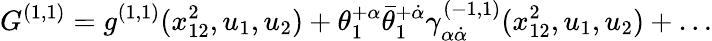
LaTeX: G^{(1,1)}=g^{(1,1)}(x_{12}^{2},u_{1},u_{2})+\theta_{1}^{+\alpha}\bar{\theta}_{1}^{+\dot{\alpha}}\gamma_{\alpha\dot{\alpha}}^{(-1,1)}(x_{12}^{2},u_{1},u_{2})+\ldots